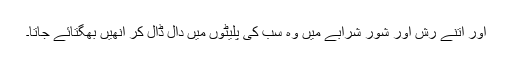
اور اتنے رش اور شور شرابے میں وہ سب کی پلیٹوں میں دال ڈال کر انھیں بھگتائے جاتا۔